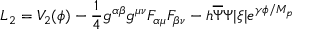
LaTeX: L _ { 2 } = V _ { 2 } ( \phi ) - \frac { 1 } { 4 } g ^ { \alpha \beta } g ^ { \mu \nu } F _ { \alpha \mu } F _ { \beta \nu } - h \overline { { { \Psi } } } \Psi | \xi | e ^ { \gamma \phi / M _ { p } }